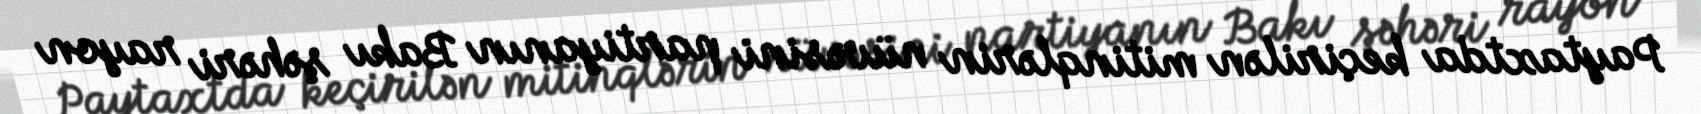
Paytaxtda keçirilən mitinqlərin nüvəsini partiyanın Bakı şəhəri rayon